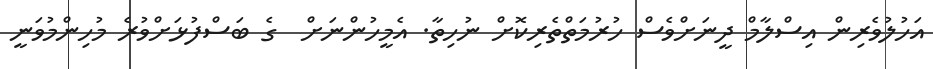
އަހުލުވެރިން އިސްލާމް ދީނަށްވެސް ހުރުމަތްތެރިކޮށް ނުހިތާ. އެމީހުންނަށް  ގެ ބަސްފުޅަށްވުރެ މުހިންމުވަނީ